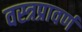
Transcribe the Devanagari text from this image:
वस्त्रप्रावर्ण